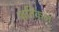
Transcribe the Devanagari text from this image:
कृतिकल